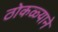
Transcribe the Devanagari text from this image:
ठोकळ्याने